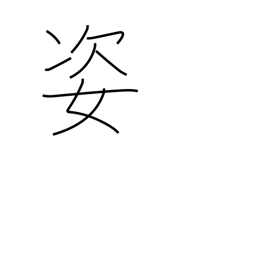
Meaning: shape